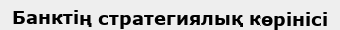
Банктің стратегиялық көрінісі